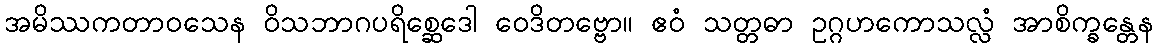
အမိဿကတာဝသေန ဝိသဘာဂပရိစ္ဆေဒေါ ဝေဒိတဗ္ဗော။ ဧဝံ သတ္တဓာ ဥဂ္ဂဟကောသလ္လံ အာစိက္ခန္တေန